342_HS1-416511228_319.1 Flying Discs 1949
Agency: Department of War
Incident date: 1/9/50
Page 140
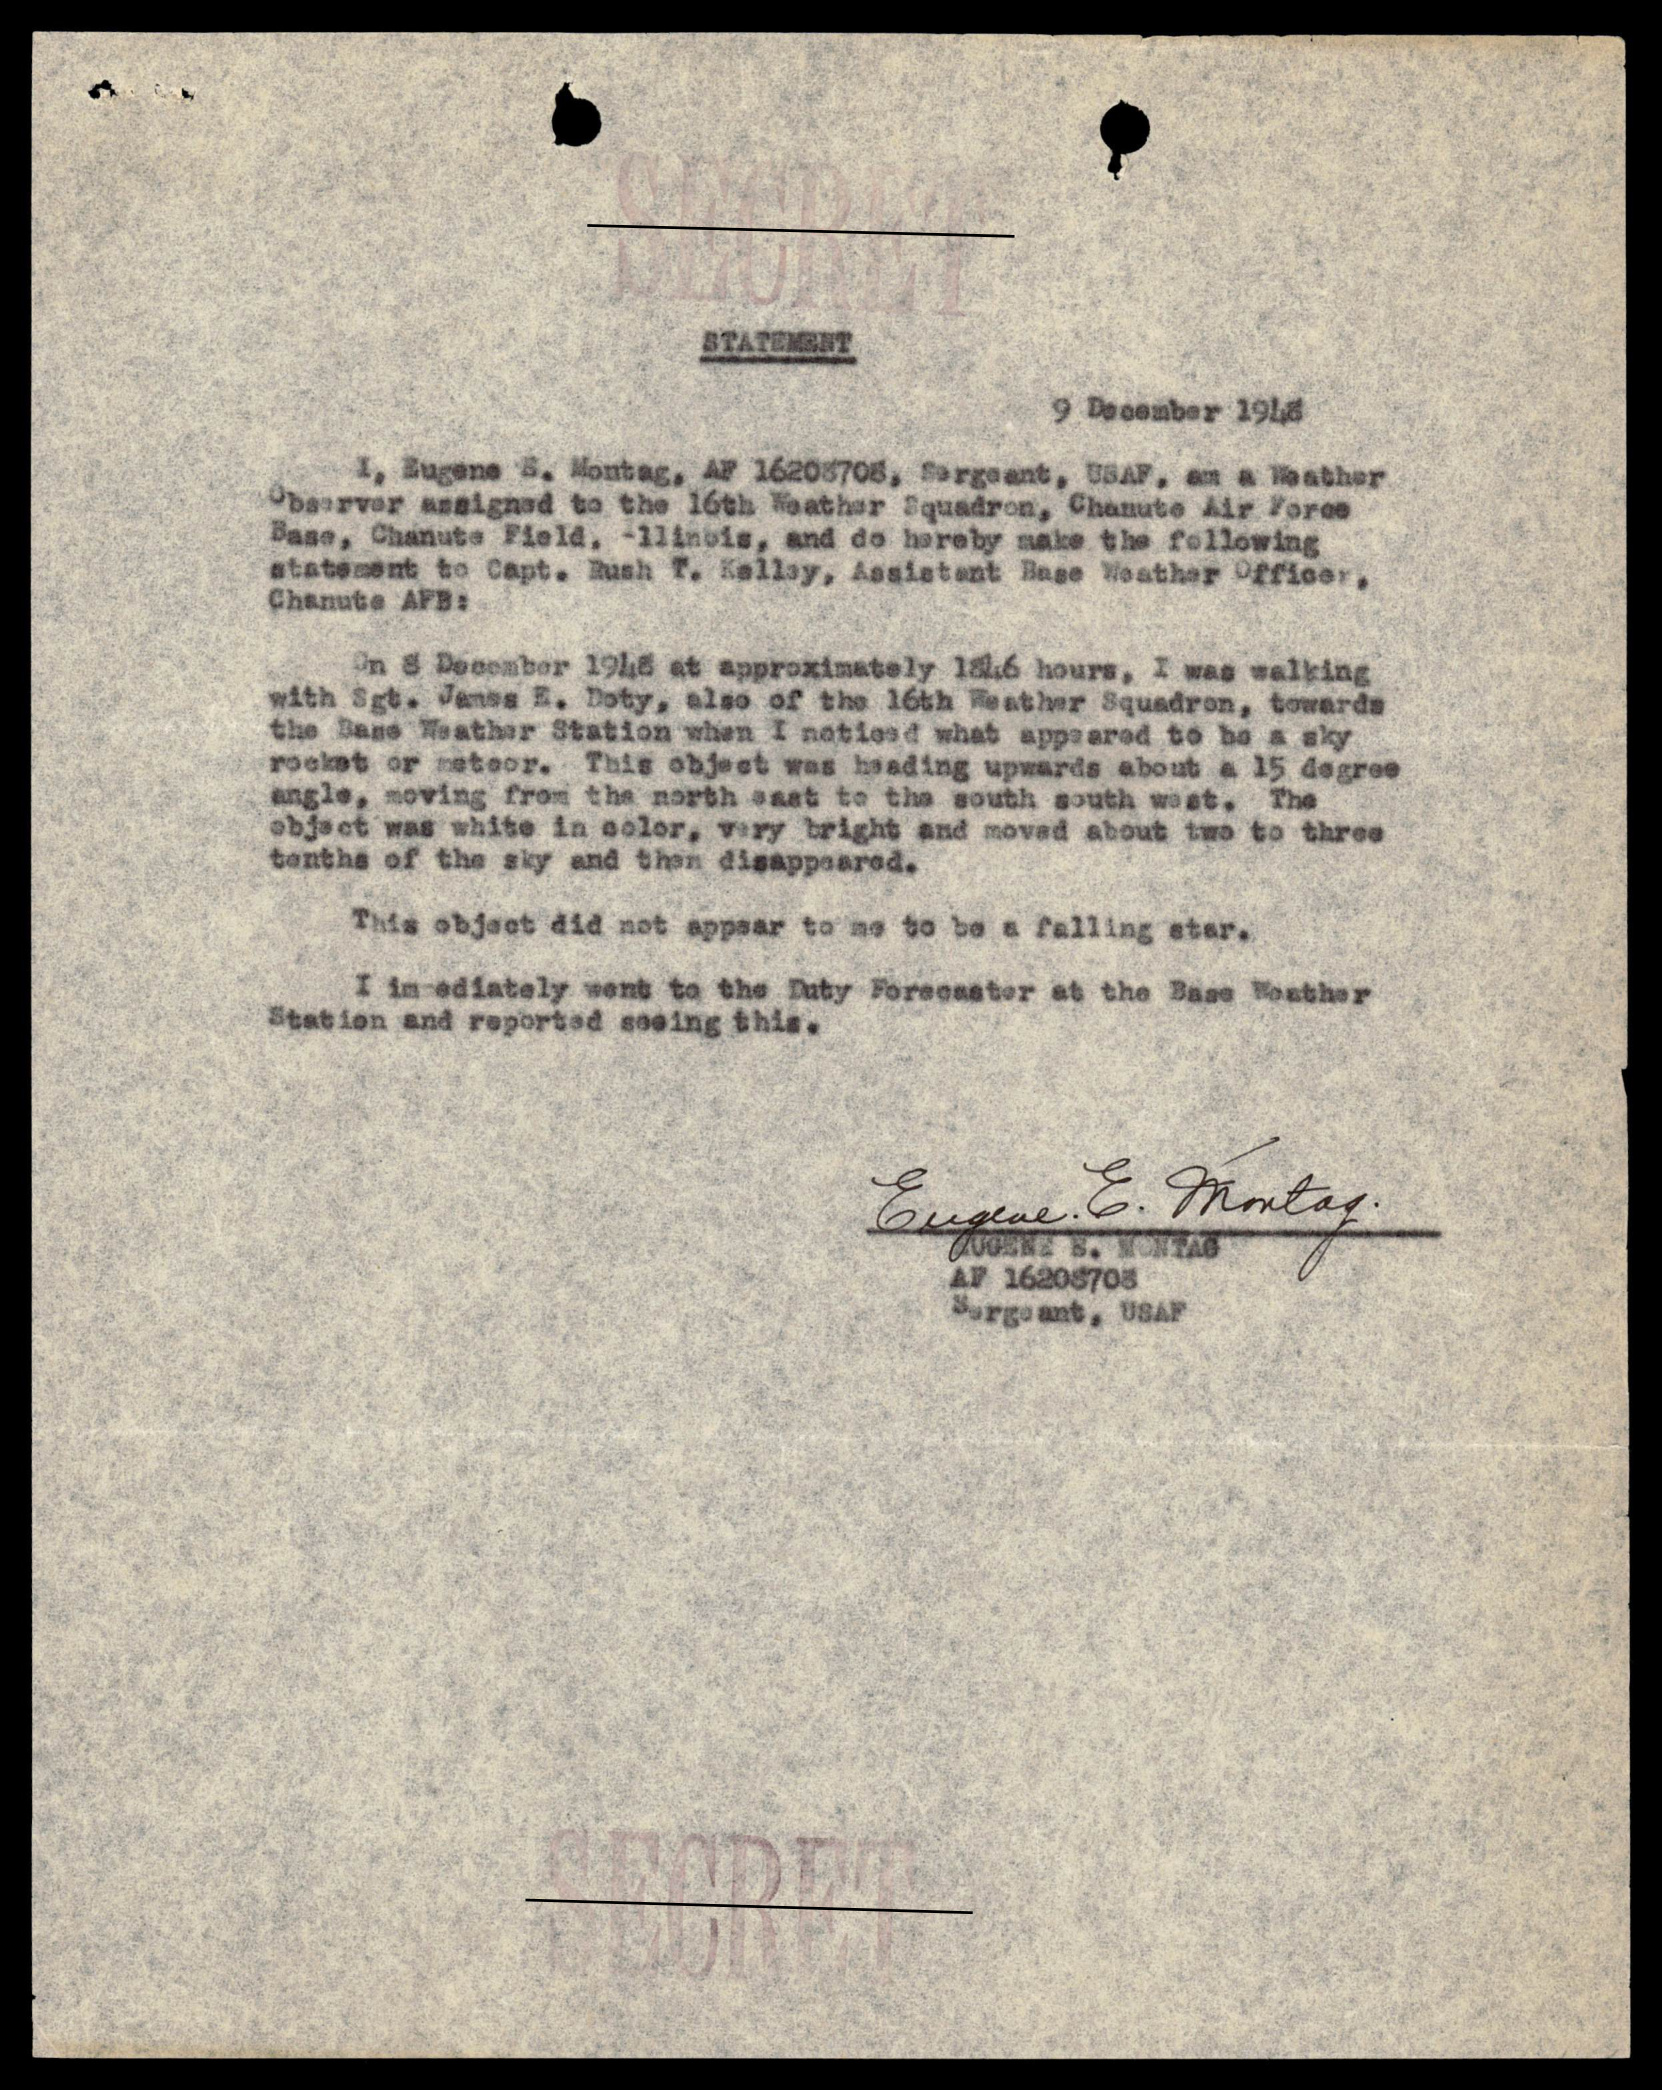